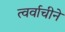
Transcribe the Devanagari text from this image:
त्वर्वाचीने